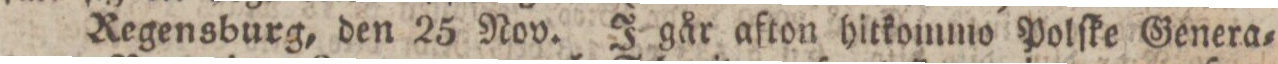
Regensburg, den 25 Nov. J går afton hitkommo Polſke Genera=